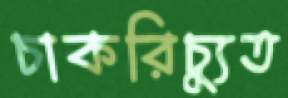
চাকরিচ্যুত